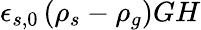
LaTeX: \epsilon_{s,0}\left(\rho_{s}-\rho_{g}\right)GH